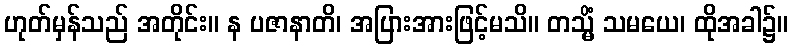
ဟုတ်မှန်သည် အတိုင်း။ န ပဇာနာတိ၊ အပြားအားဖြင့်မသိ။ တသ္မိံ သမယေ၊ ထိုအခါ၌။